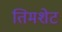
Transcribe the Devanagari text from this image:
तिमशेट